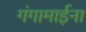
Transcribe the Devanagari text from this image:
गंगामाईना